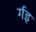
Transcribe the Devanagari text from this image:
र्गइ